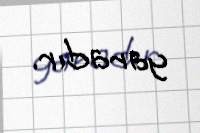
yaradır.